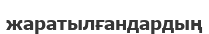
жаратылғандардың